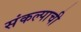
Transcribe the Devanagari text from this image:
संकल्पाची